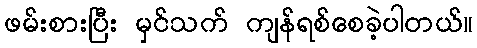
ဖမ်းစားပြီး မှင်သက် ကျန်ရစ်စေခဲ့ပါတယ်။